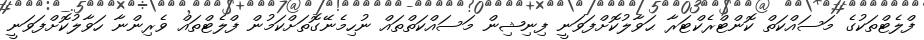
ފްލެޓްތަކުގެ މަސައްކަތް ކޮންޓްރެކްޓަރާ ޙަވާލުކޮށްފަވަނީ ފިނިޝިން މަސައްކަތްތައް ނުހިމެނޭގޮތަށްކަމުން ފްލެޓްތައް ވެރިންނާ ހަވާލުކޮށްފަވަނީ